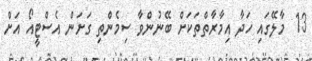
13  މާލޭގައި ހަދާ އިމާރާތްތަކަށް ބޭނުންވާ ސިމެންތި ގަށަން އެސްޓީއޯ އަށް